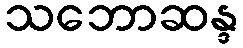
သဘောဆန္ဒ